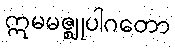
ဣမမဇ္ဈုပါဂတော